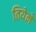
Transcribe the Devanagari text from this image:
तियेने